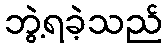
ဘွဲ့ရခဲ့သည်